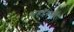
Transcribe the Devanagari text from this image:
महाॅगनी